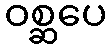
ဝစ္ဆပေ